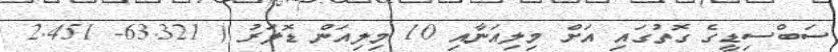
ސަބްސިޑީގެ ގޮތުގައި އަށް މިލިއަނާއި 10 މިލިއަން ޑޮލަރު ( 63.321- 2.451